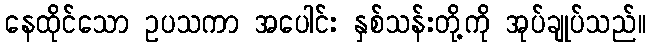
နေထိုင်သော ဥပသကာ အပေါင်း နှစ်သန်းတို့ကို အုပ်ချုပ်သည်။